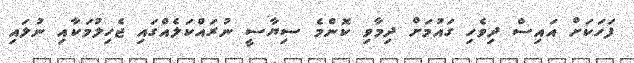
ފަހަކަށް އައިސް ދިވެހި ގައުމަށް ދިމާވި ކޮންމެ ސިޔާސީ ނުރައްކަލެއްގައި ޖެހިލުމަކާއި ނުލައި